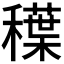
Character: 𱶦